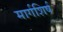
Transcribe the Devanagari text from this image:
मार्गशिर्ष